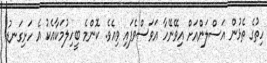
ހިތުގެ ތެޅުން އަސްލަންއަށް އިވޭނޭހާ އަވަސްވެފައި ވިއެވެ. ކޮންމެ ބީހިލުމަކާއެކު އެ ހަށިގަނޑު